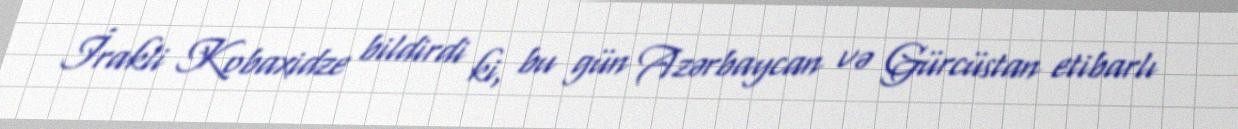
İrakli Kobaxidze bildirdi ki, bu gün Azərbaycan və Gürcüstan etibarlı